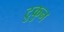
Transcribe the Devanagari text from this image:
टुकुन